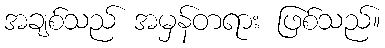
အချစ်သည် အမှန်တရား ဖြစ်သည်။